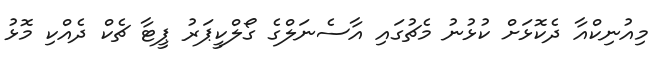
މިއުނިކްއާ ދެކޮޅަށް ކުޅުނު މެޗުގައި އާސެނަލްގެ ގޯލްކީޕަރު ޕީޓާ ޗެކް ދެއްކި މޮޅު